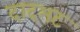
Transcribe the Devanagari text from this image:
दादभट